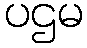
ပဌမ